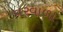
વરવાળા